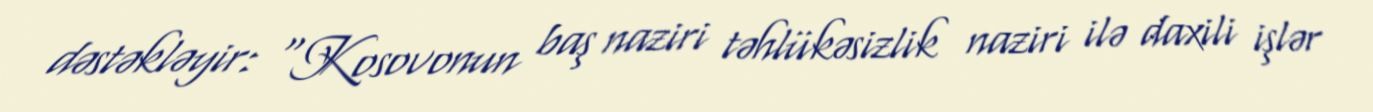
dəstəkləyir: “Kosovonun baş naziri təhlükəsizlik naziri ilə daxili işlər